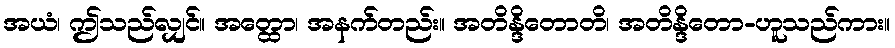
အယံ၊ ဤသည်လျှင်။ အတ္ထော၊ အနက်တည်း။ အတိန္ဒိတောတိ၊ အတိန္ဒိတော-ဟူသည်ကား။